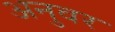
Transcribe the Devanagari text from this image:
अनुवर